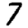
Digit: 7